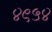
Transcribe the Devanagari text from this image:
४९५४